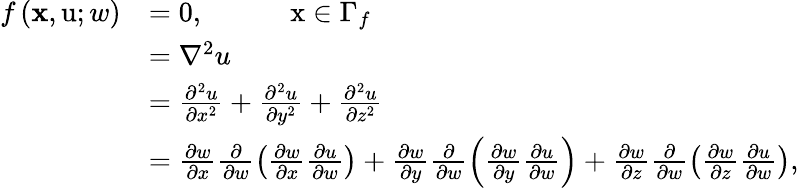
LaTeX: \begin{array}{r}{\begin{array}{rl}{f\left(\textbf{x},\mathrm{u};w\right)}&{=0,\quad\quad\quad\mathrm{x}\in\Gamma_{f}}\\ &{=\nabla^{2}u}\\ &{=\frac{\partial^{2}u}{\partial x^{2}}+\frac{\partial^{2}u}{\partial y^{2}}+\frac{\partial^{2}u}{\partial z^{2}}}\\ &{=\frac{\partial w}{\partial x}\frac{\partial}{\partial w}\left(\frac{\partial w}{\partial x}\frac{\partial u}{\partial w}\right)+\frac{\partial w}{\partial y}\frac{\partial}{\partial w}\left(\frac{\partial w}{\partial y}\frac{\partial u}{\partial w}\right)+\frac{\partial w}{\partial z}\frac{\partial}{\partial w}\left(\frac{\partial w}{\partial z}\frac{\partial u}{\partial w}\right),}\end{array}}\end{array}